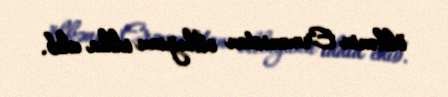
ölkənin Ermənistan olduğunu iddia edib.